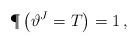
LaTeX: \begin{align*}\P\left(\vartheta^J= T\right)=1\,,\end{align*}